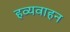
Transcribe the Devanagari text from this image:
हव्यवाहन